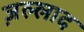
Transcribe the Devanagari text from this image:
ज़ल्लाद